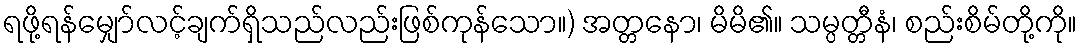
ရဖို့ရန်မျှော်လင့်ချက်ရှိသည်လည်းဖြစ်ကုန်သော။) အတ္တနော၊ မိမိ၏။ သမ္ပတ္တီနံ၊ စည်းစိမ်တို့ကို။